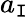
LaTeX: a_{\mathtt{I}}